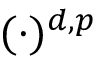
( \cdot ) ^ { d , p }